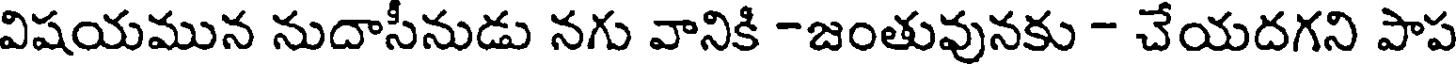
విషయమున నుదాసీనుడు నగు వానికి -జంతువునకు - చేయదగని పాప